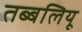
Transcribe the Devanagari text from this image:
तब्बलियू